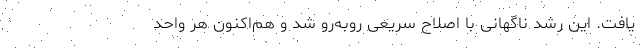
یافت. این رشد ناگهانی با اصلاح سریعی روبه‌رو شد و هم‌اکنون هر واحد